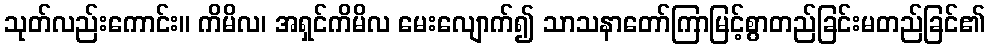
သုတ်လည်းကောင်း။ ကိမိလ၊ အရှင်ကိမိလ မေးလျောက်၍ သာသနာတော်ကြာမြင့်စွာတည်ခြင်းမတည်ခြင်၏